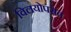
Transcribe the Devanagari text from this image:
विलयोपरांत